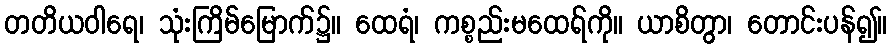
တတိယဝါရေ၊ သုံးကြိမ်မြောက်၌။ ထေရံ၊ ကစ္စည်းမထေရ်ကို။ ယာစိတွာ၊ တောင်းပန်၍။